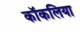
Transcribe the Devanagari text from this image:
कॉकलिया